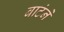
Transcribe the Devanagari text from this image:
बाटंने